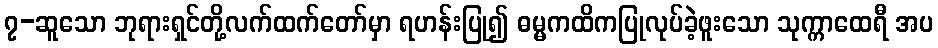
၇-ဆူသော ဘုရားရှင်တို့လက်ထက်တော်မှာ ရဟန်းပြု၍ ဓမ္မကထိကပြုလုပ်ခဲ့ဖူးသော သုက္ကာထေရီ အပ